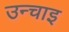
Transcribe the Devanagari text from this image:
उन्चाइ